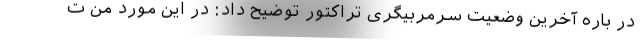
در باره آخرین وضعیت سرمربیگری تراکتور توضیح داد: در این مورد من ت